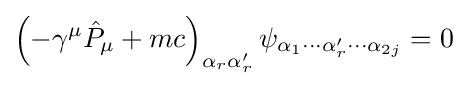
\left(-\gamma ^{\mu }{\hat {P}}_{\mu }+mc\right)_{\alpha _{r}\alpha '_{r}}\psi _{\alpha _{1}\cdots \alpha '_{r}\cdots \alpha _{2j}}=0